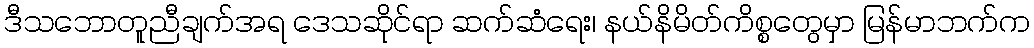
ဒီသဘောတူညီချက်အရ ဒေသဆိုင်ရာ ဆက်ဆံရေး၊ နယ်နိမိတ်ကိစ္စတွေမှာ မြန်မာဘက်က